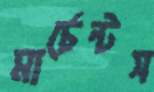
মার্চেন্টস